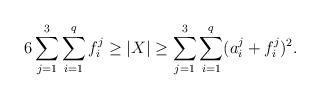
LaTeX: \begin{align*}6\sum_{j=1}^3\sum_{i=1}^q f^j_i\geq |X|\geq\sum_{j=1}^3\sum_{i=1}^q(a^j_i+f^j_i)^2.\end{align*}